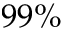
9 9 \%